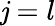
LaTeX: \mathit{j}=l